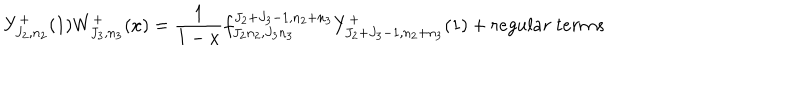
Y _ { J _ { 2 } , n _ { 2 } } ^ { + } ( 1 ) W _ { J _ { 3 } , n _ { 3 } } ^ { + } ( x ) = \frac { 1 } { 1 - x } f _ { J _ { 2 } n _ { 2 } , J _ { 3 } n _ { 3 } } ^ { J _ { 2 } + J _ { 3 } - 1 , n _ { 2 } + n _ { 3 } } Y _ { J _ { 2 } + J _ { 3 } - 1 , n _ { 2 } + n _ { 3 } } ^ { + } ( 1 ) + r e g u l a r ~ t e r m s